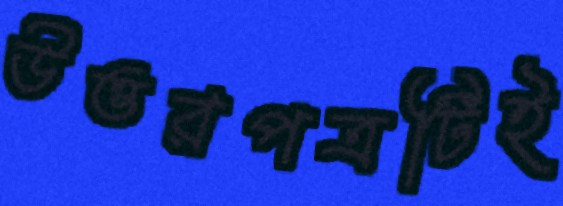
উত্তরপত্রটিই